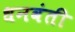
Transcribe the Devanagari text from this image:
धनवंती